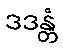
ဒဒန္တံ